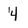
Character: 4